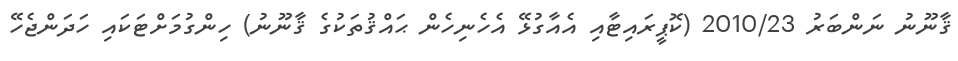
ޤާނޫނު ނަންބަރު 2010/23 (ކޮޕީރައިޓާއި އެއާގުޅޭ އެހެނިހެން ޙައްޤުތަކުގެ ޤާނޫނު) ހިންގުމަށްޓަކައި ހަދަންޖެހޭ